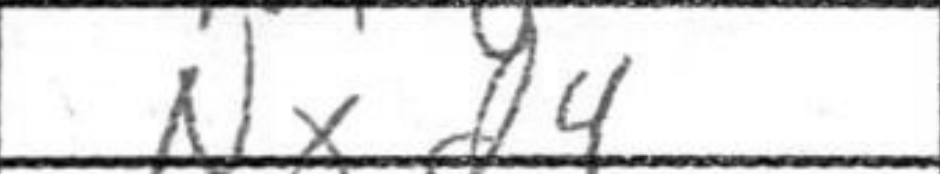
Transcription: Nxd4